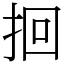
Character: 𫝻